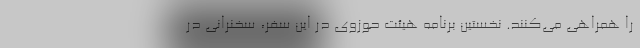
را همراهی می‌کنند. نخستین برنامه هیئت حوزوی در این سفر، سخنرانی در